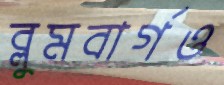
ব্লুমবার্গও